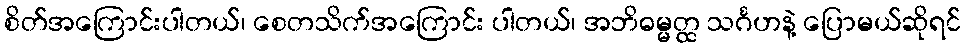
စိတ်အကြောင်းပါတယ်၊ စေတသိက်အကြောင်း ပါတယ်၊ အဘိဓမ္မတ္ထ သင်္ဂဟနဲ့ ပြောမယ်ဆိုရင်